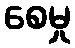
စေမှု